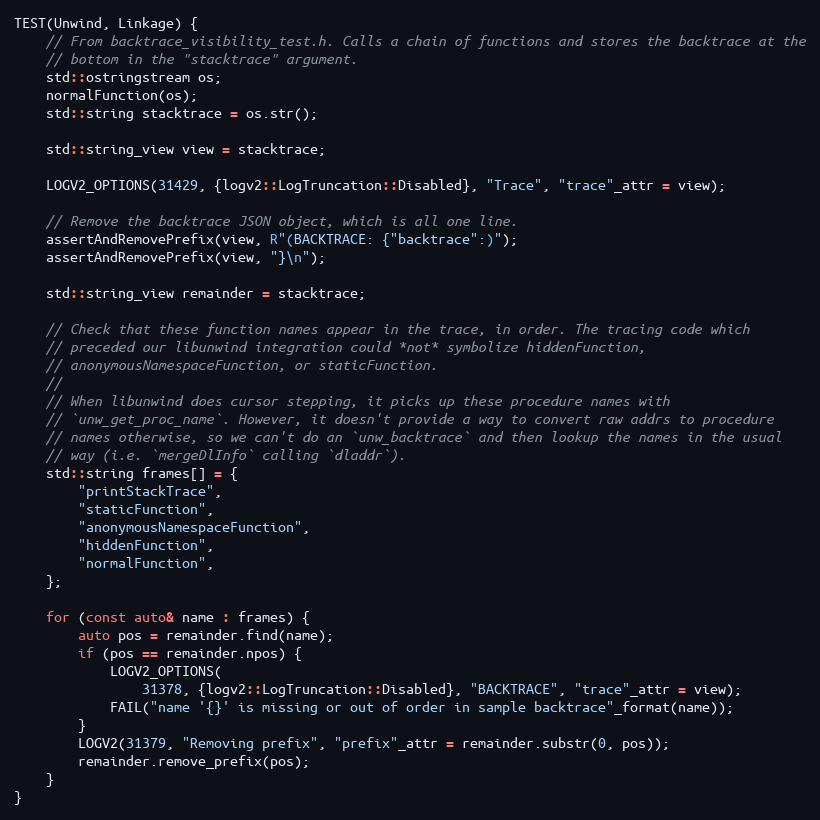
Language: C++
TEST(Unwind, Linkage) {
    // From backtrace_visibility_test.h. Calls a chain of functions and stores the backtrace at the
    // bottom in the "stacktrace" argument.
    std::ostringstream os;
    normalFunction(os);
    std::string stacktrace = os.str();

    std::string_view view = stacktrace;

    LOGV2_OPTIONS(31429, {logv2::LogTruncation::Disabled}, "Trace", "trace"_attr = view);

    // Remove the backtrace JSON object, which is all one line.
    assertAndRemovePrefix(view, R"(BACKTRACE: {"backtrace":)");
    assertAndRemovePrefix(view, "}\n");

    std::string_view remainder = stacktrace;

    // Check that these function names appear in the trace, in order. The tracing code which
    // preceded our libunwind integration could *not* symbolize hiddenFunction,
    // anonymousNamespaceFunction, or staticFunction.
    //
    // When libunwind does cursor stepping, it picks up these procedure names with
    // `unw_get_proc_name`. However, it doesn't provide a way to convert raw addrs to procedure
    // names otherwise, so we can't do an `unw_backtrace` and then lookup the names in the usual
    // way (i.e. `mergeDlInfo` calling `dladdr`).
    std::string frames[] = {
        "printStackTrace",
        "staticFunction",
        "anonymousNamespaceFunction",
        "hiddenFunction",
        "normalFunction",
    };

    for (const auto& name : frames) {
        auto pos = remainder.find(name);
        if (pos == remainder.npos) {
            LOGV2_OPTIONS(
                31378, {logv2::LogTruncation::Disabled}, "BACKTRACE", "trace"_attr = view);
            FAIL("name '{}' is missing or out of order in sample backtrace"_format(name));
        }
        LOGV2(31379, "Removing prefix", "prefix"_attr = remainder.substr(0, pos));
        remainder.remove_prefix(pos);
    }
}